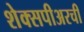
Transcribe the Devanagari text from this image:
शेक्सपीअरची